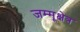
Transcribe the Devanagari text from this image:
जम्मूक्षेत्र